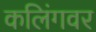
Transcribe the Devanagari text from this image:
कलिंगवर